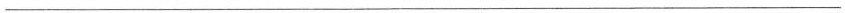
___